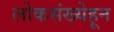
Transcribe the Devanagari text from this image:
लोकसंख्येहून